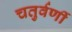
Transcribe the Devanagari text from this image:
चतुर्वर्णी